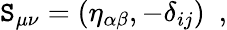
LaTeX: \mathtt{S}_{\mu\nu}=(\eta_{\alpha\beta},-\delta_{ij})~~,